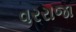
વરરાજા